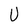
Character: U